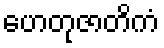
ဟေတုဇာတိကံ